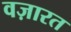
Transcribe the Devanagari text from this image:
वज़ारत